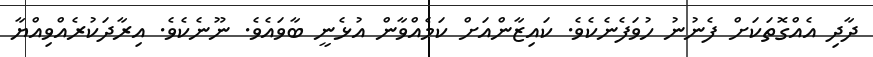
ދާދި އެއްގޮތަކަށް ފެނުނު ހުވަފެނެކެވެ. ކައިޒާންއަށް ކަމެއްވާން އުޅެނީ ބާވައެވެ. ނޫނެކެވެ. އިރާދަކުރެއްވިއްޔާ